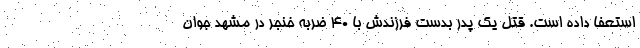
استعفا داده است. قتل یک پدر بدست فرزندش با ۴۰ ضربه خنجر در مشهد جوان